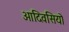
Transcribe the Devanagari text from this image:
आदिवसियो